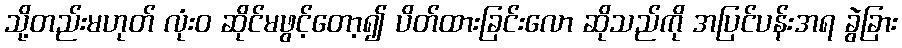
သို့တည်းမဟုတ် လုံးဝ ဆိုင်မဖွင့်တော့၍ ပိတ်ထားခြင်းလော ဆိုသည်ကို အပြင်ပန်းအရ ခွဲခြား